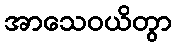
အာသေဝယိတွာ